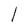
Character: l